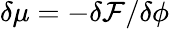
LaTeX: \delta\mu=-\delta\mathcal{F}/\delta\phi